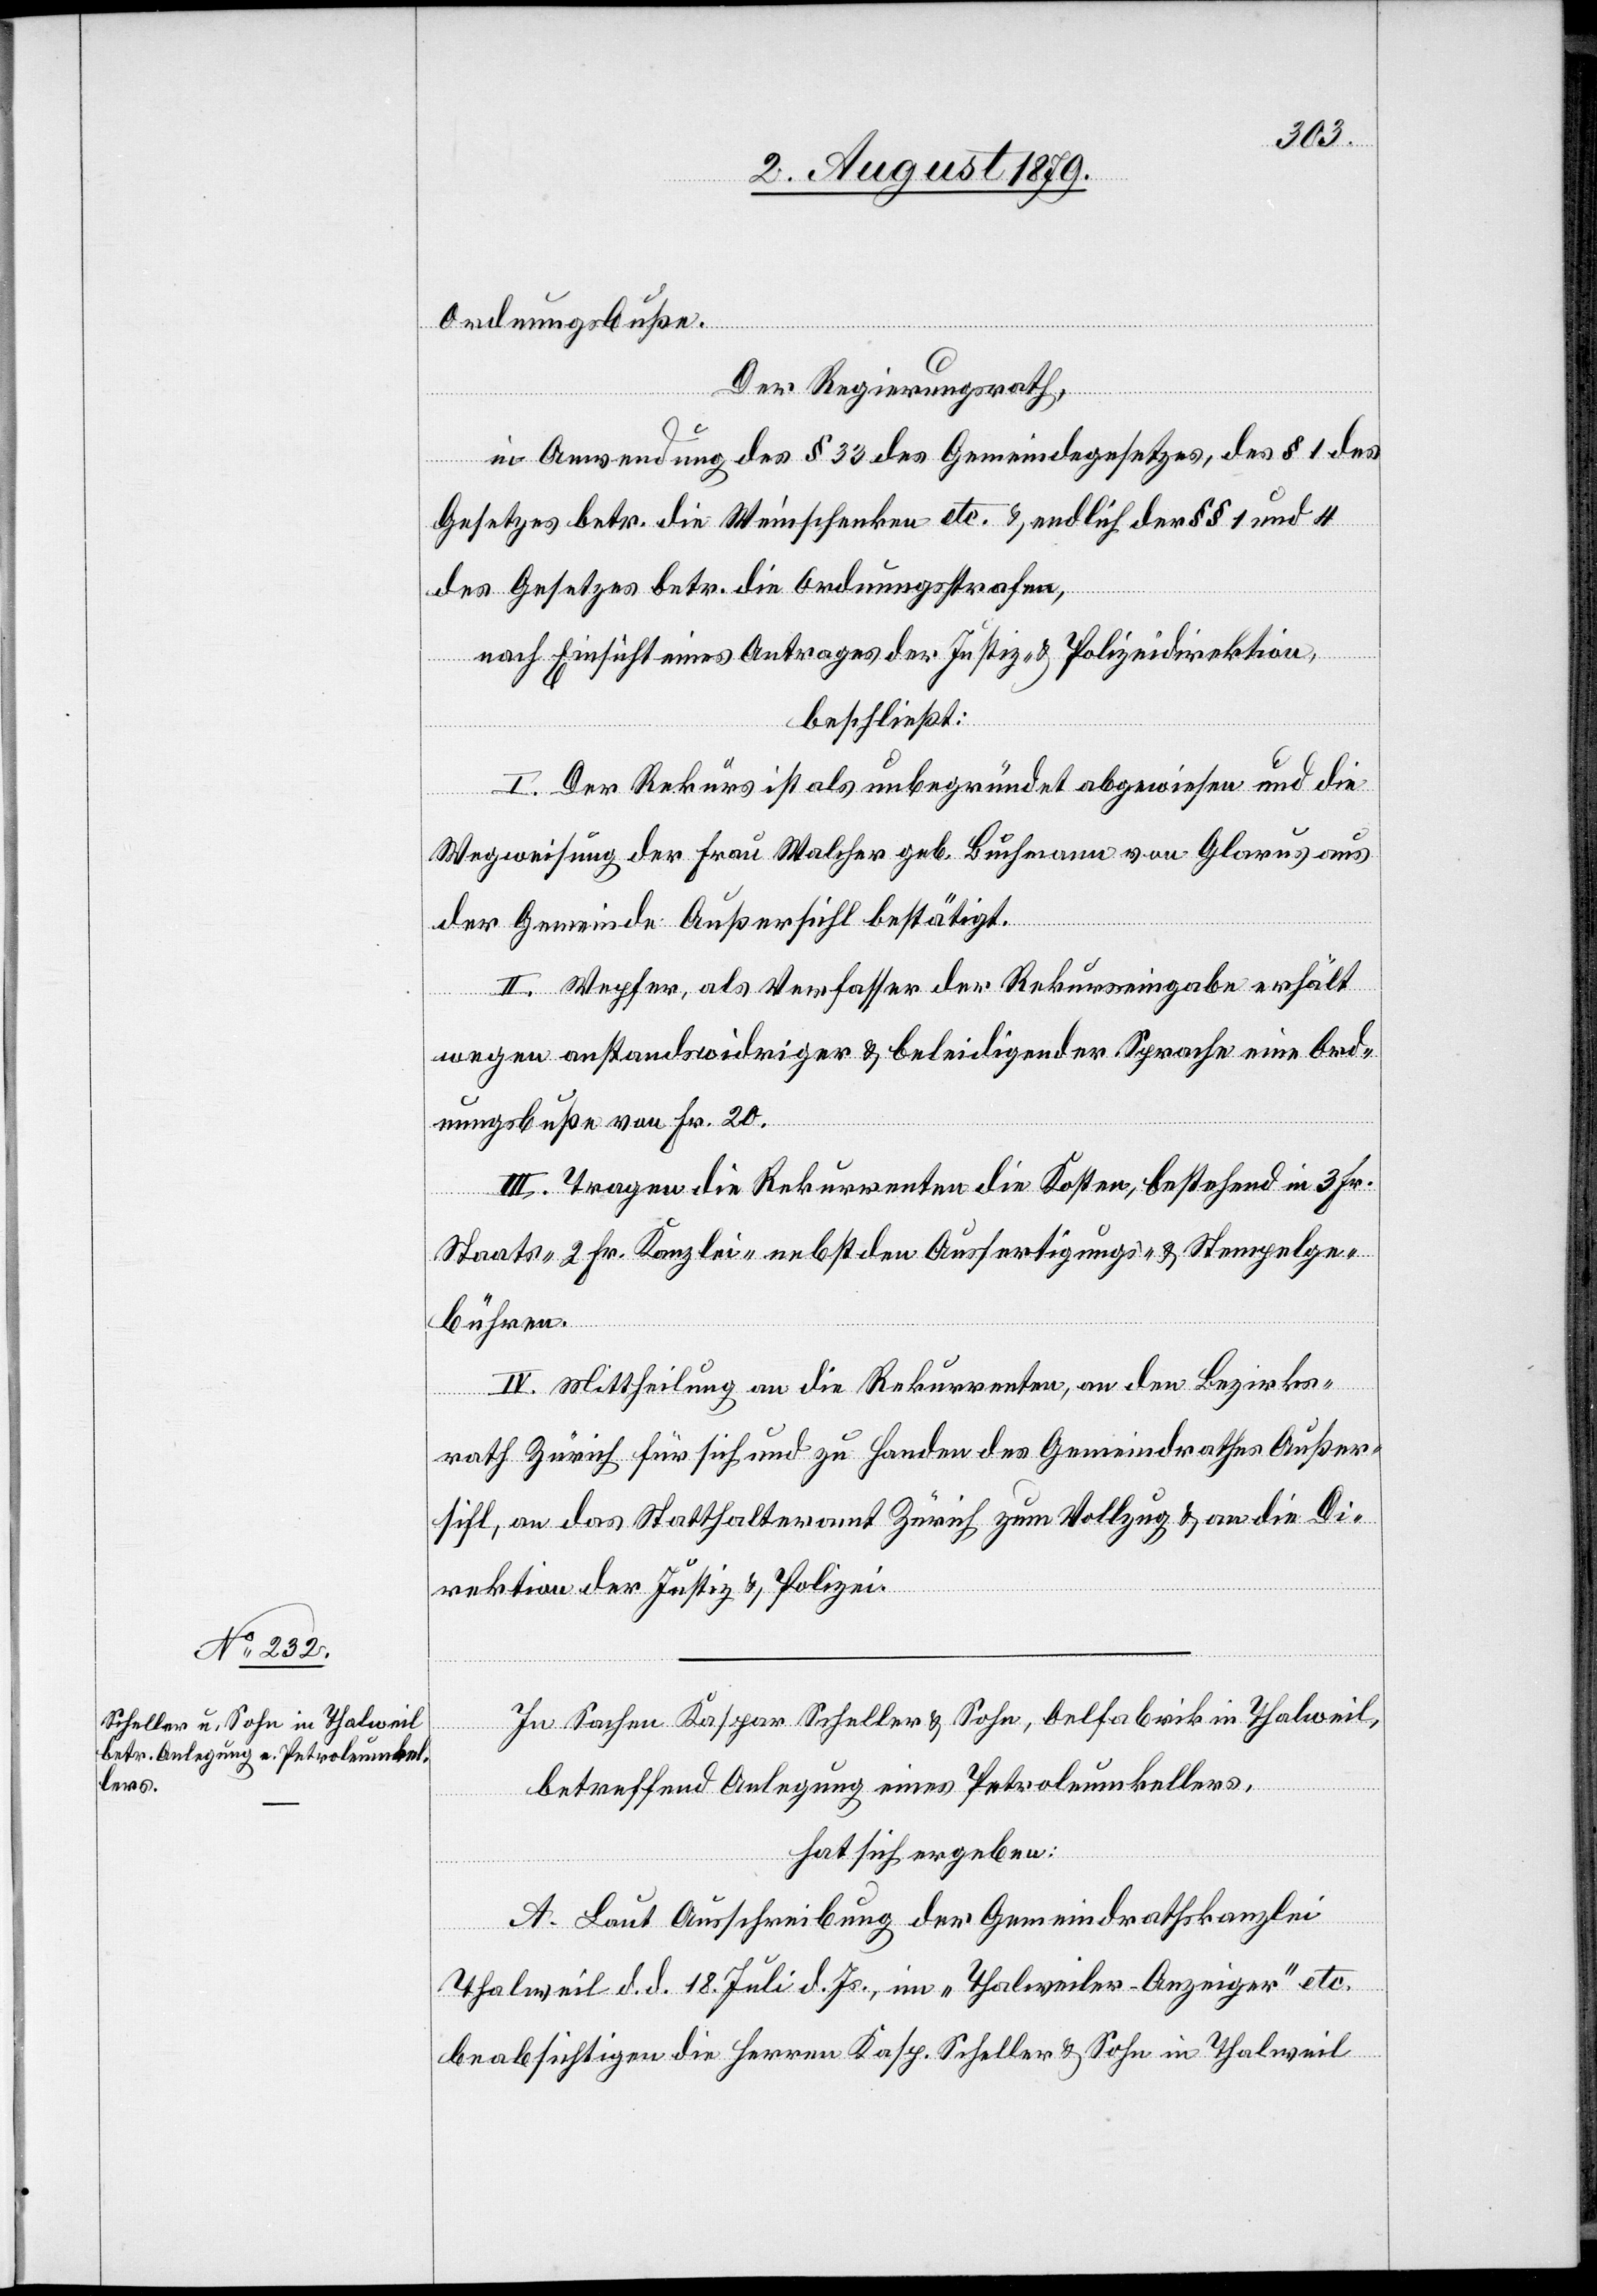
Ordnungsbuße.
Der Regierungsrath,
in Anwendung des § 33 des Gemeindegesetzes, des § 1 des
Gesetzes betr. die Weinschenken etc. & endlich der §§ 1 und 4
des Gesetzes betr. die Ordnungsstrafen,
nach Einsicht eines Antrages der Justiz- & Polizeidirektion,
beschließt:
I. Der Rekurs ist als unbegründet abgewiesen und die
Wegweisung der Frau Walcher geb. Buchmann von Glarus aus
der Gemeinde Außersihl bestätigt.
II. Wepfer, als Verfasser der Rekurseingabe erhält
wegen anstandswidriger & beleidigender Sprache eine Ord¬
nungsbuße von Fr. 20.
III. Tragen die Rekurrenten die Kosten, bestehend in 3 Fr.
Staats-[,] 2 Fr. Kanzlei- nebst den Ausfertigungs- und Stempelge¬
bühren.
IV. Mittheilung an die Rekurrenten, an den Bezirks¬
rath Zürich für sich und zu Handen des Gemeindrathes Außer¬
sihl, an das Statthalteramt Zürich zum Vollzug & an die Di¬
rektion der Justiz & Polizei.
In Sachen Kaspar Scheller & Sohn, Oelfabrik in Thalweil,
betreffend Anlegung eines Petroleumkellers,
hat sich ergeben:
A. Laut Ausschreibung der Gemeindrathskanzlei
Thalweil d. d. 18. Juli d. Js, im „Thalweiler-Anzeiger“ etc.
beabsichtigen die Herren Kasp. Scheller & Sohn in Thalweil